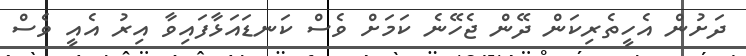
ދަށުން އެހީތެރިކަން ދޭން ޖެހޭނެ ކަމަށް ވެސް ކަނޑައަޅާފައިވާ އިރު އެއީ ވެސް